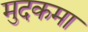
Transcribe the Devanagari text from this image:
मुदकमा